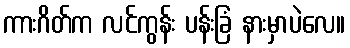
ကားဂိတ်က လင်ကွန်း ပန်းခြံ နားမှာပဲလေ။